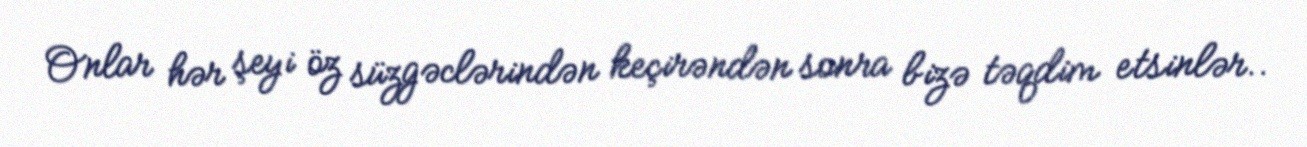
Onlar hər şeyi öz süzgəclərindən keçirəndən sonra bizə təqdim etsinlər..